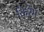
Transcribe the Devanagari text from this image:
किरेम